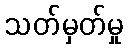
သတ်မှတ်မှု